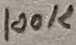
Text: 100K